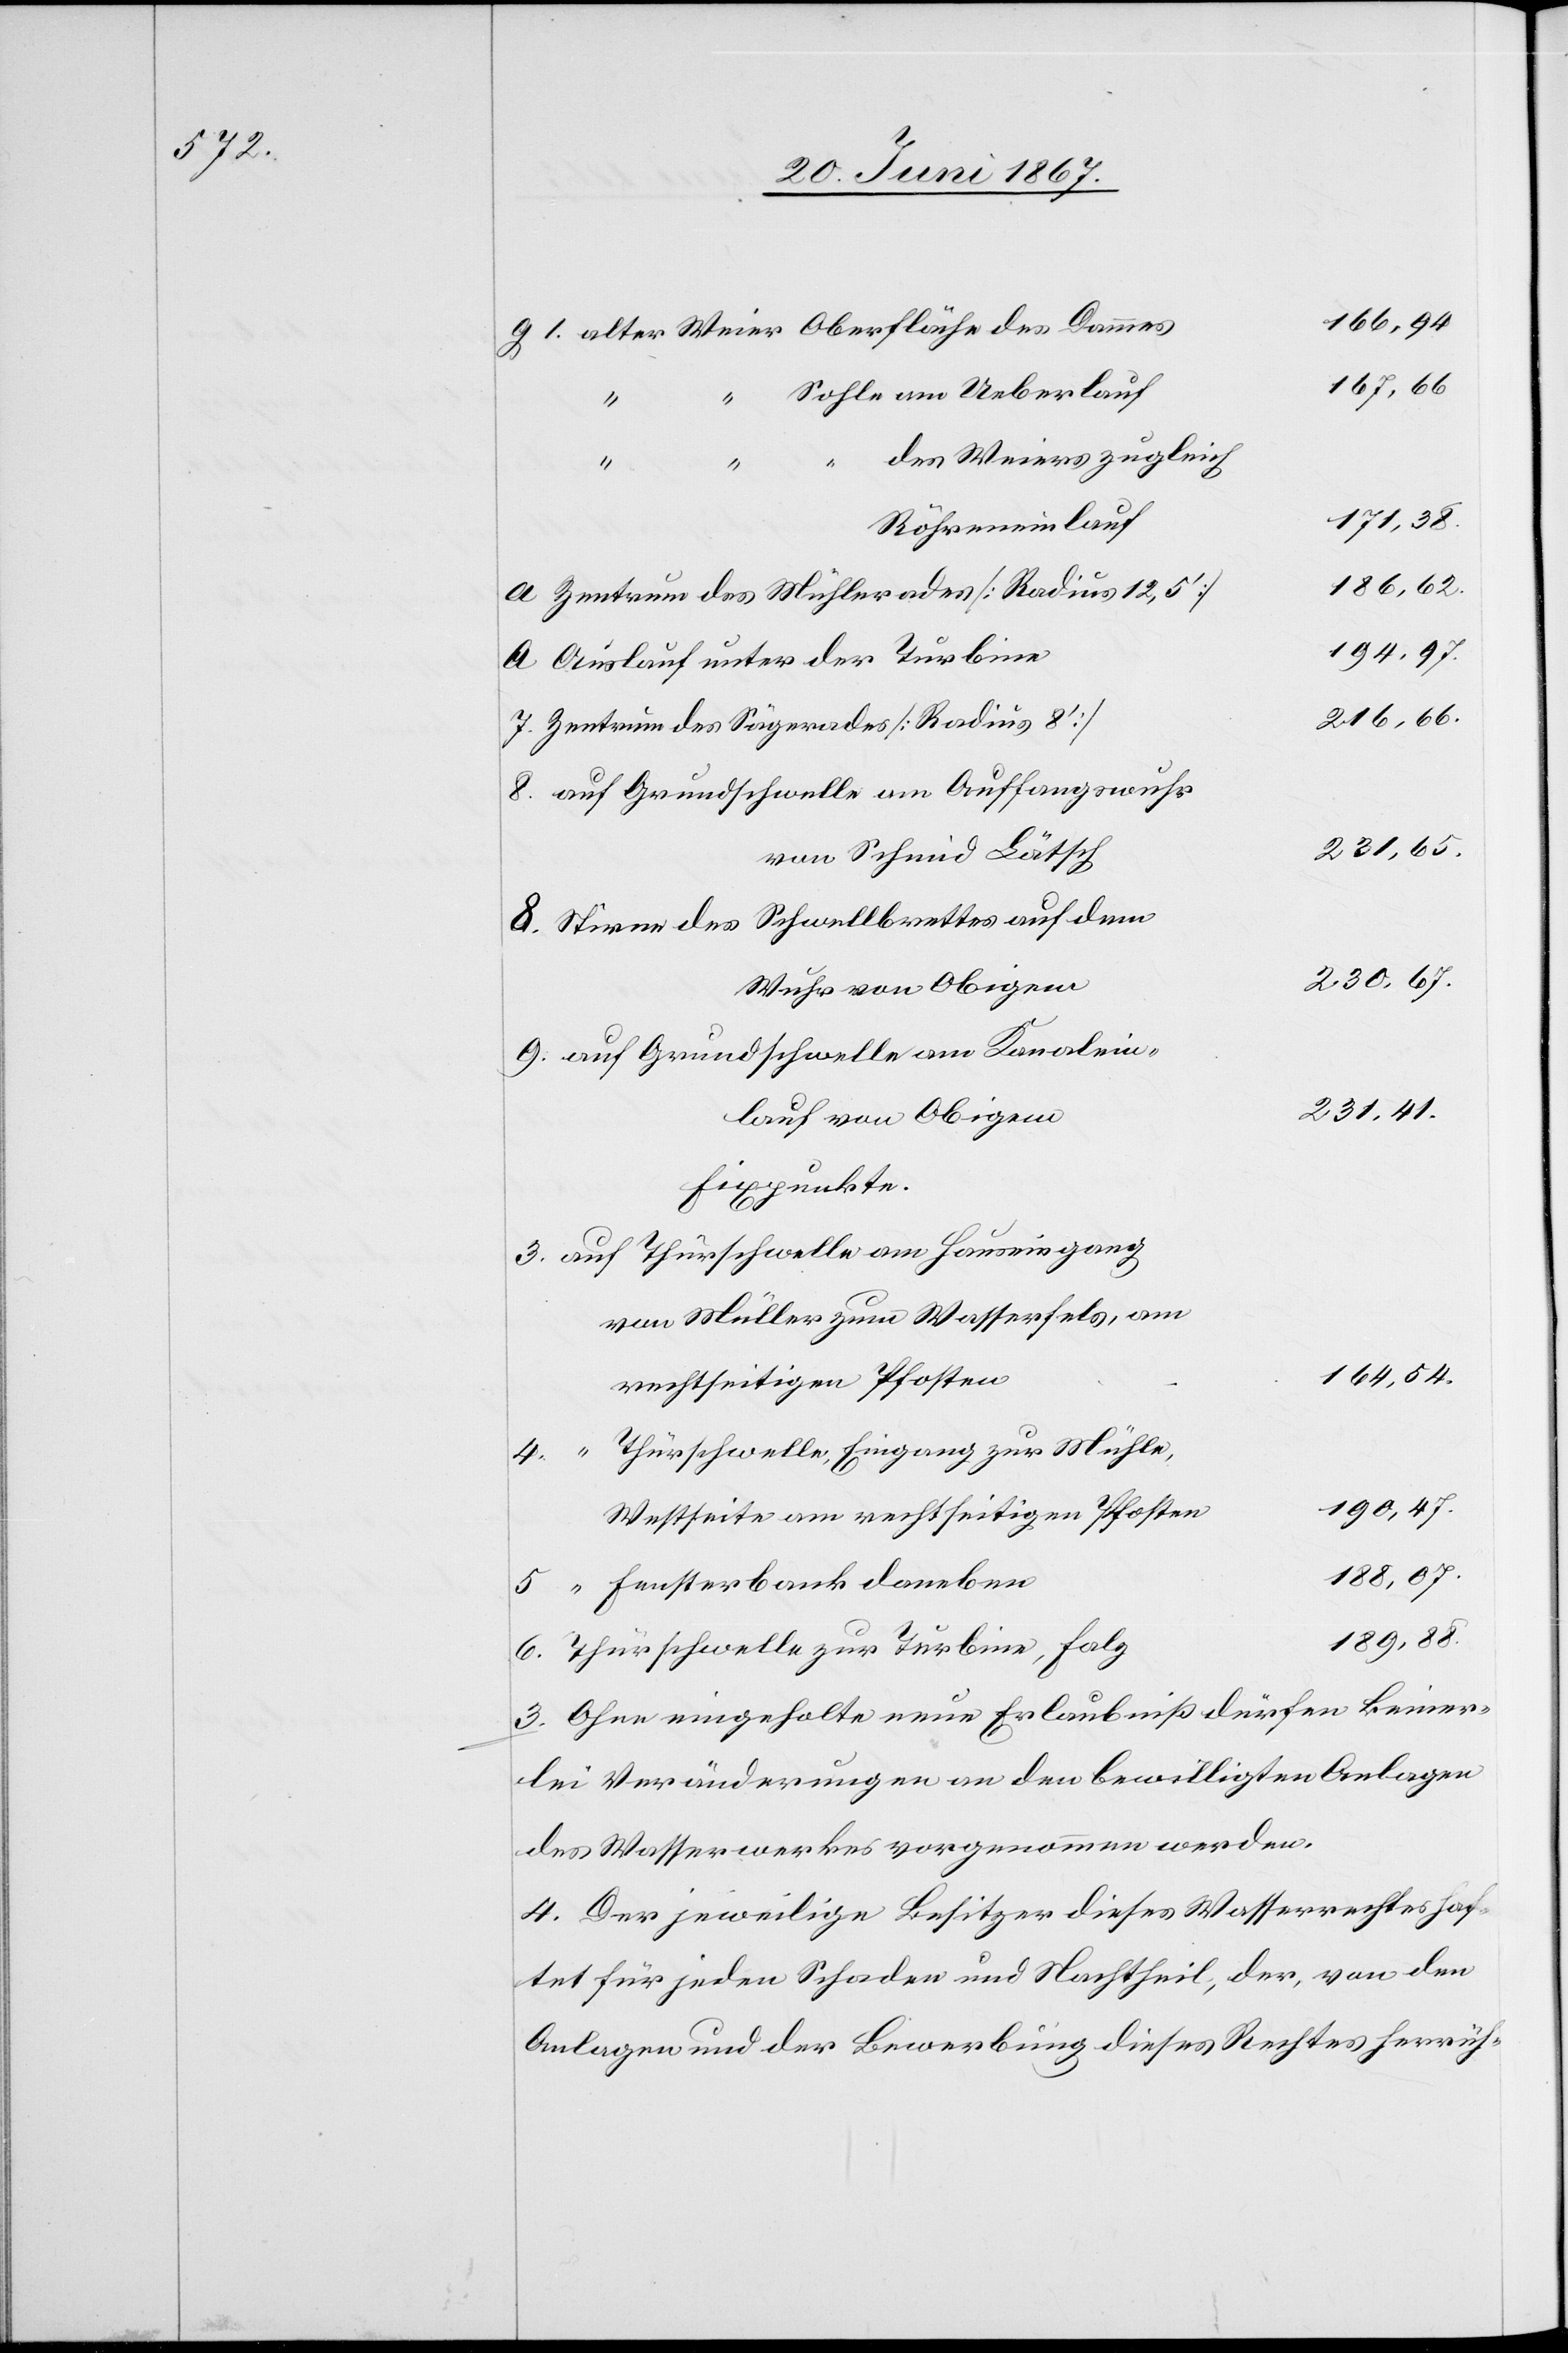
167,66.
des Weiers zugleich
5.
171,38.
Röhreneinlauf
186,62.
Zentrum des Mühlerades [Radius 12,5‘]
194,97.
Auslauf unter der Turbine
Zentrum des Sägewerkes [Radius 8‘]
auf Grundschwelle am Auffangswuhr
231,41.
von Schmid Lötsch
auf Grundschwelle am Kanalein¬
lauf von Obigem
Fixpunkte
auf Thürschwelle am Hauseingang
von Müller zum Wasserfels, am
164,54.
rechtseitigen Pfosten
Thürschwelle, Eingang zur Mühle,
“
4.
190,47.
Westseit am rechtseitigen Pfosten
188,07.
“ Fensterbank daneben
189,88.
Thürschwelle zu Turbine, Falz
3. Ohne eingeholte neue Erlaubniß dürfen keiner¬
lei Veränderungen an den bewilligten Anlagen
des Wasserwerkes vorgenommen werden.
4. Der jeweilige Besitzer dieses Wasserrechtes haf¬
tet für jeden Schaden und Nachtheil, der, von den
Anlagen und der Bewerbung dieses Rechtes herrüh-